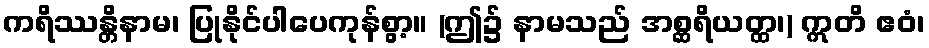
ကရိဿန္တိနာမ၊ ပြုနိုင်ပါပေကုန်စွာ့။ (ဤ၌ နာမသည် အစ္ဆရိယတ္ထ၊) ဣတိ ဧဝံ၊